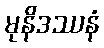
မုနိဒဿနံ